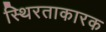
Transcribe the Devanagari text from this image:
स्थिरताकारक